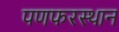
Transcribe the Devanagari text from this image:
पणफरस्थान